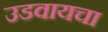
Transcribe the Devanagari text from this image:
उडवायचा